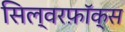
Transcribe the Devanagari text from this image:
सिल्वरफ़ॉक्स